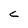
Character: c